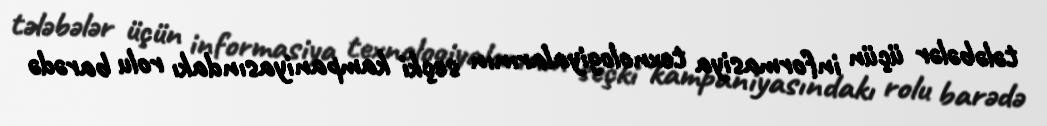
tələbələr üçün informasiya texnologiyalarının seçki kampaniyasındakı rolu barədə